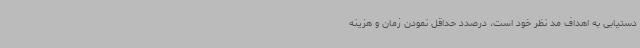
دستیابی به اهداف مد نظر خود است، درصدد حداقل‌ نمودن زمان و هزینه